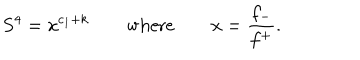
LaTeX: S ^ { 4 } = x ^ { c _ { 1 } + k } \qquad \mathrm { w h e r e } \qquad x = \frac { f _ { - } } { f ^ { + } } .